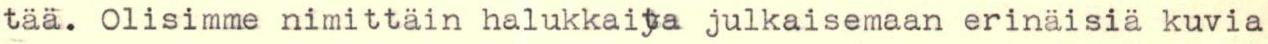
tää. Olisimme nimittäin halukkaita julkaisemaan erinäisiä kuvia